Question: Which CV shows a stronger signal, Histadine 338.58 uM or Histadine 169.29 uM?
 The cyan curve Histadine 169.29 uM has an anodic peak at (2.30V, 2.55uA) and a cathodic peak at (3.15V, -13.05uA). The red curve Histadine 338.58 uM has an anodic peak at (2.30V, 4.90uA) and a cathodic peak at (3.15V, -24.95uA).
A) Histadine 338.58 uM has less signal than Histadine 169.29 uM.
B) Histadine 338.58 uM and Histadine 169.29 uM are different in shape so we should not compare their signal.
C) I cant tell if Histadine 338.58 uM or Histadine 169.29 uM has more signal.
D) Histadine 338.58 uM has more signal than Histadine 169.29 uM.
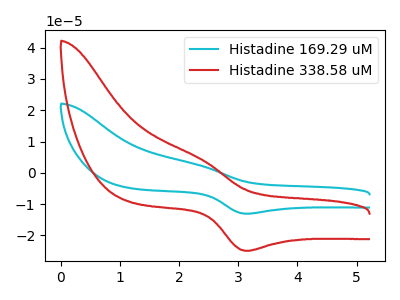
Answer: <think>All the peaks in "Histadine 338.58 uM" have a peak in "Histadine 169.29 uM" at the same potential. Every peak in "Histadine 338.58 uM" is higher than every peak in "Histadine 169.29 uM".
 </think>
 <answer>D) "Histadine 338.58 uM" has more signal than "Histadine 169.29 uM".</answer>
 <eval>D</eval>